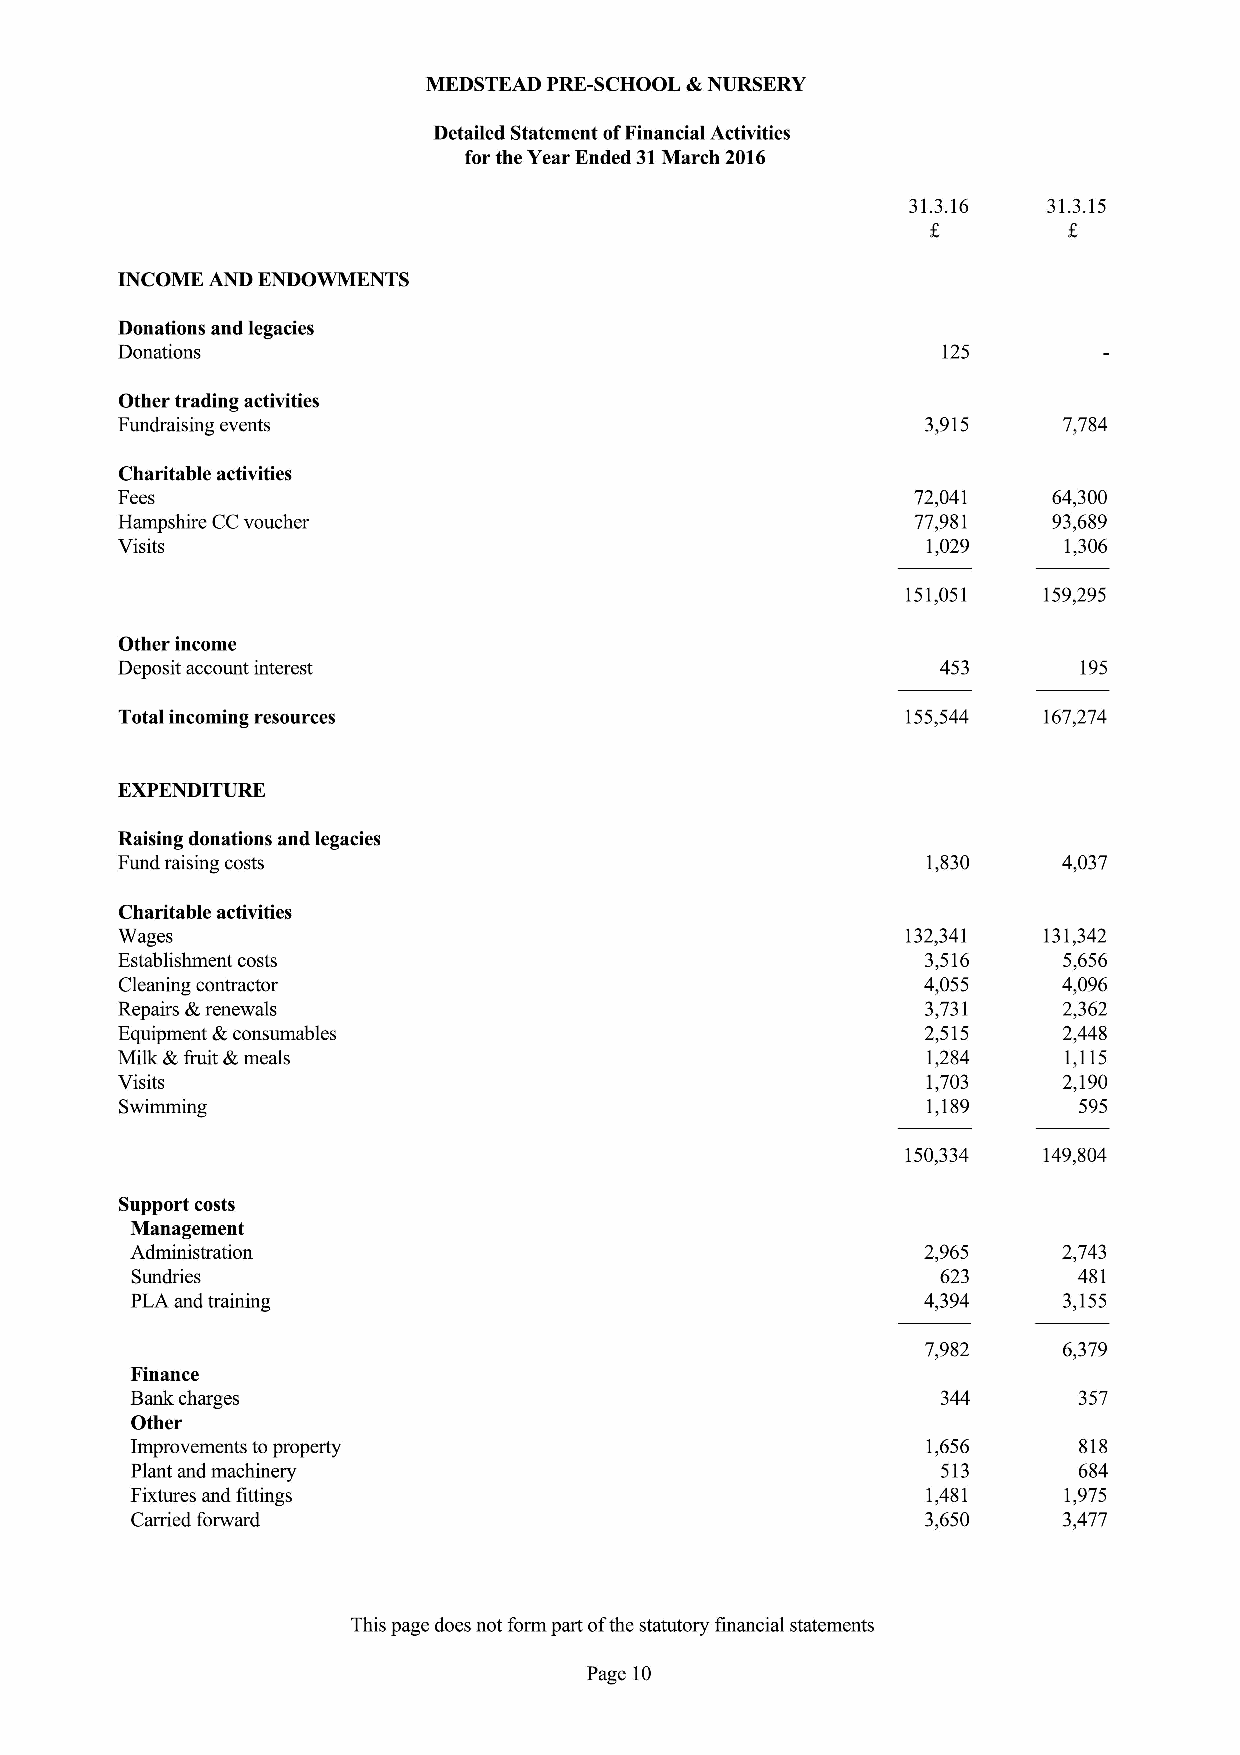
MEDSTEAD PRE-SCHOOL &NURSERY
 Detailed Statement ofFinancial Activities
 for the Year Ended 31March 2016
 31.3.16  31.3.15
 INCOME AND ENDOWMENTS
 Donations and legacies
 Donations                                             125
 Other trading activities
 Fundraising events                                   3,915    7,784
 Charitable activities
 Fees                                                 72,041   64,300
 Hampshire CCvoucher                                  77,981   93,689
 Visits                                               1,029    1,306
 151,051  159,295
 Other income
 Deposit account interest                              453       195
 Total incoming resources                            155,544  167,274
 EXPENDITURE
 Raising donations and legacies
 Fund raising costs                                   1,830    4,037
 Charitable activities
 Wages                                               132,341  131,342
 Establishment costs                                  3,516    5,656
 Cleaning contractor                                  4,055    4,096
 Repairs &renewals                                    3,731    2,362
 Equipment &consumables                               2,515    2,448
 Milk &Iruit &meals                                   1,284    1,115
 Visits                                               1,703    2,190
 Swimming                                             1,189     595
 150,334  149,804
 Support costs
 Management
 Administration                                      2,965    2,743
 Sundries                                             623      481
 PLA and training                                    4,394    3,155
 7,982    6,379
 Finance
 Bank charges                                         344      357
 Other
 Improvements toproperty                             1,656     818
 Plant and machinery                                  513      684
 Fixtures and fittings                               1,481    1,975
 Carried forward                                     3,650    3,477
 This page does not form part ofthe statutory financial statements
 Page 10